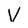
Character: V